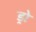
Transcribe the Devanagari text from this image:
ड्रो